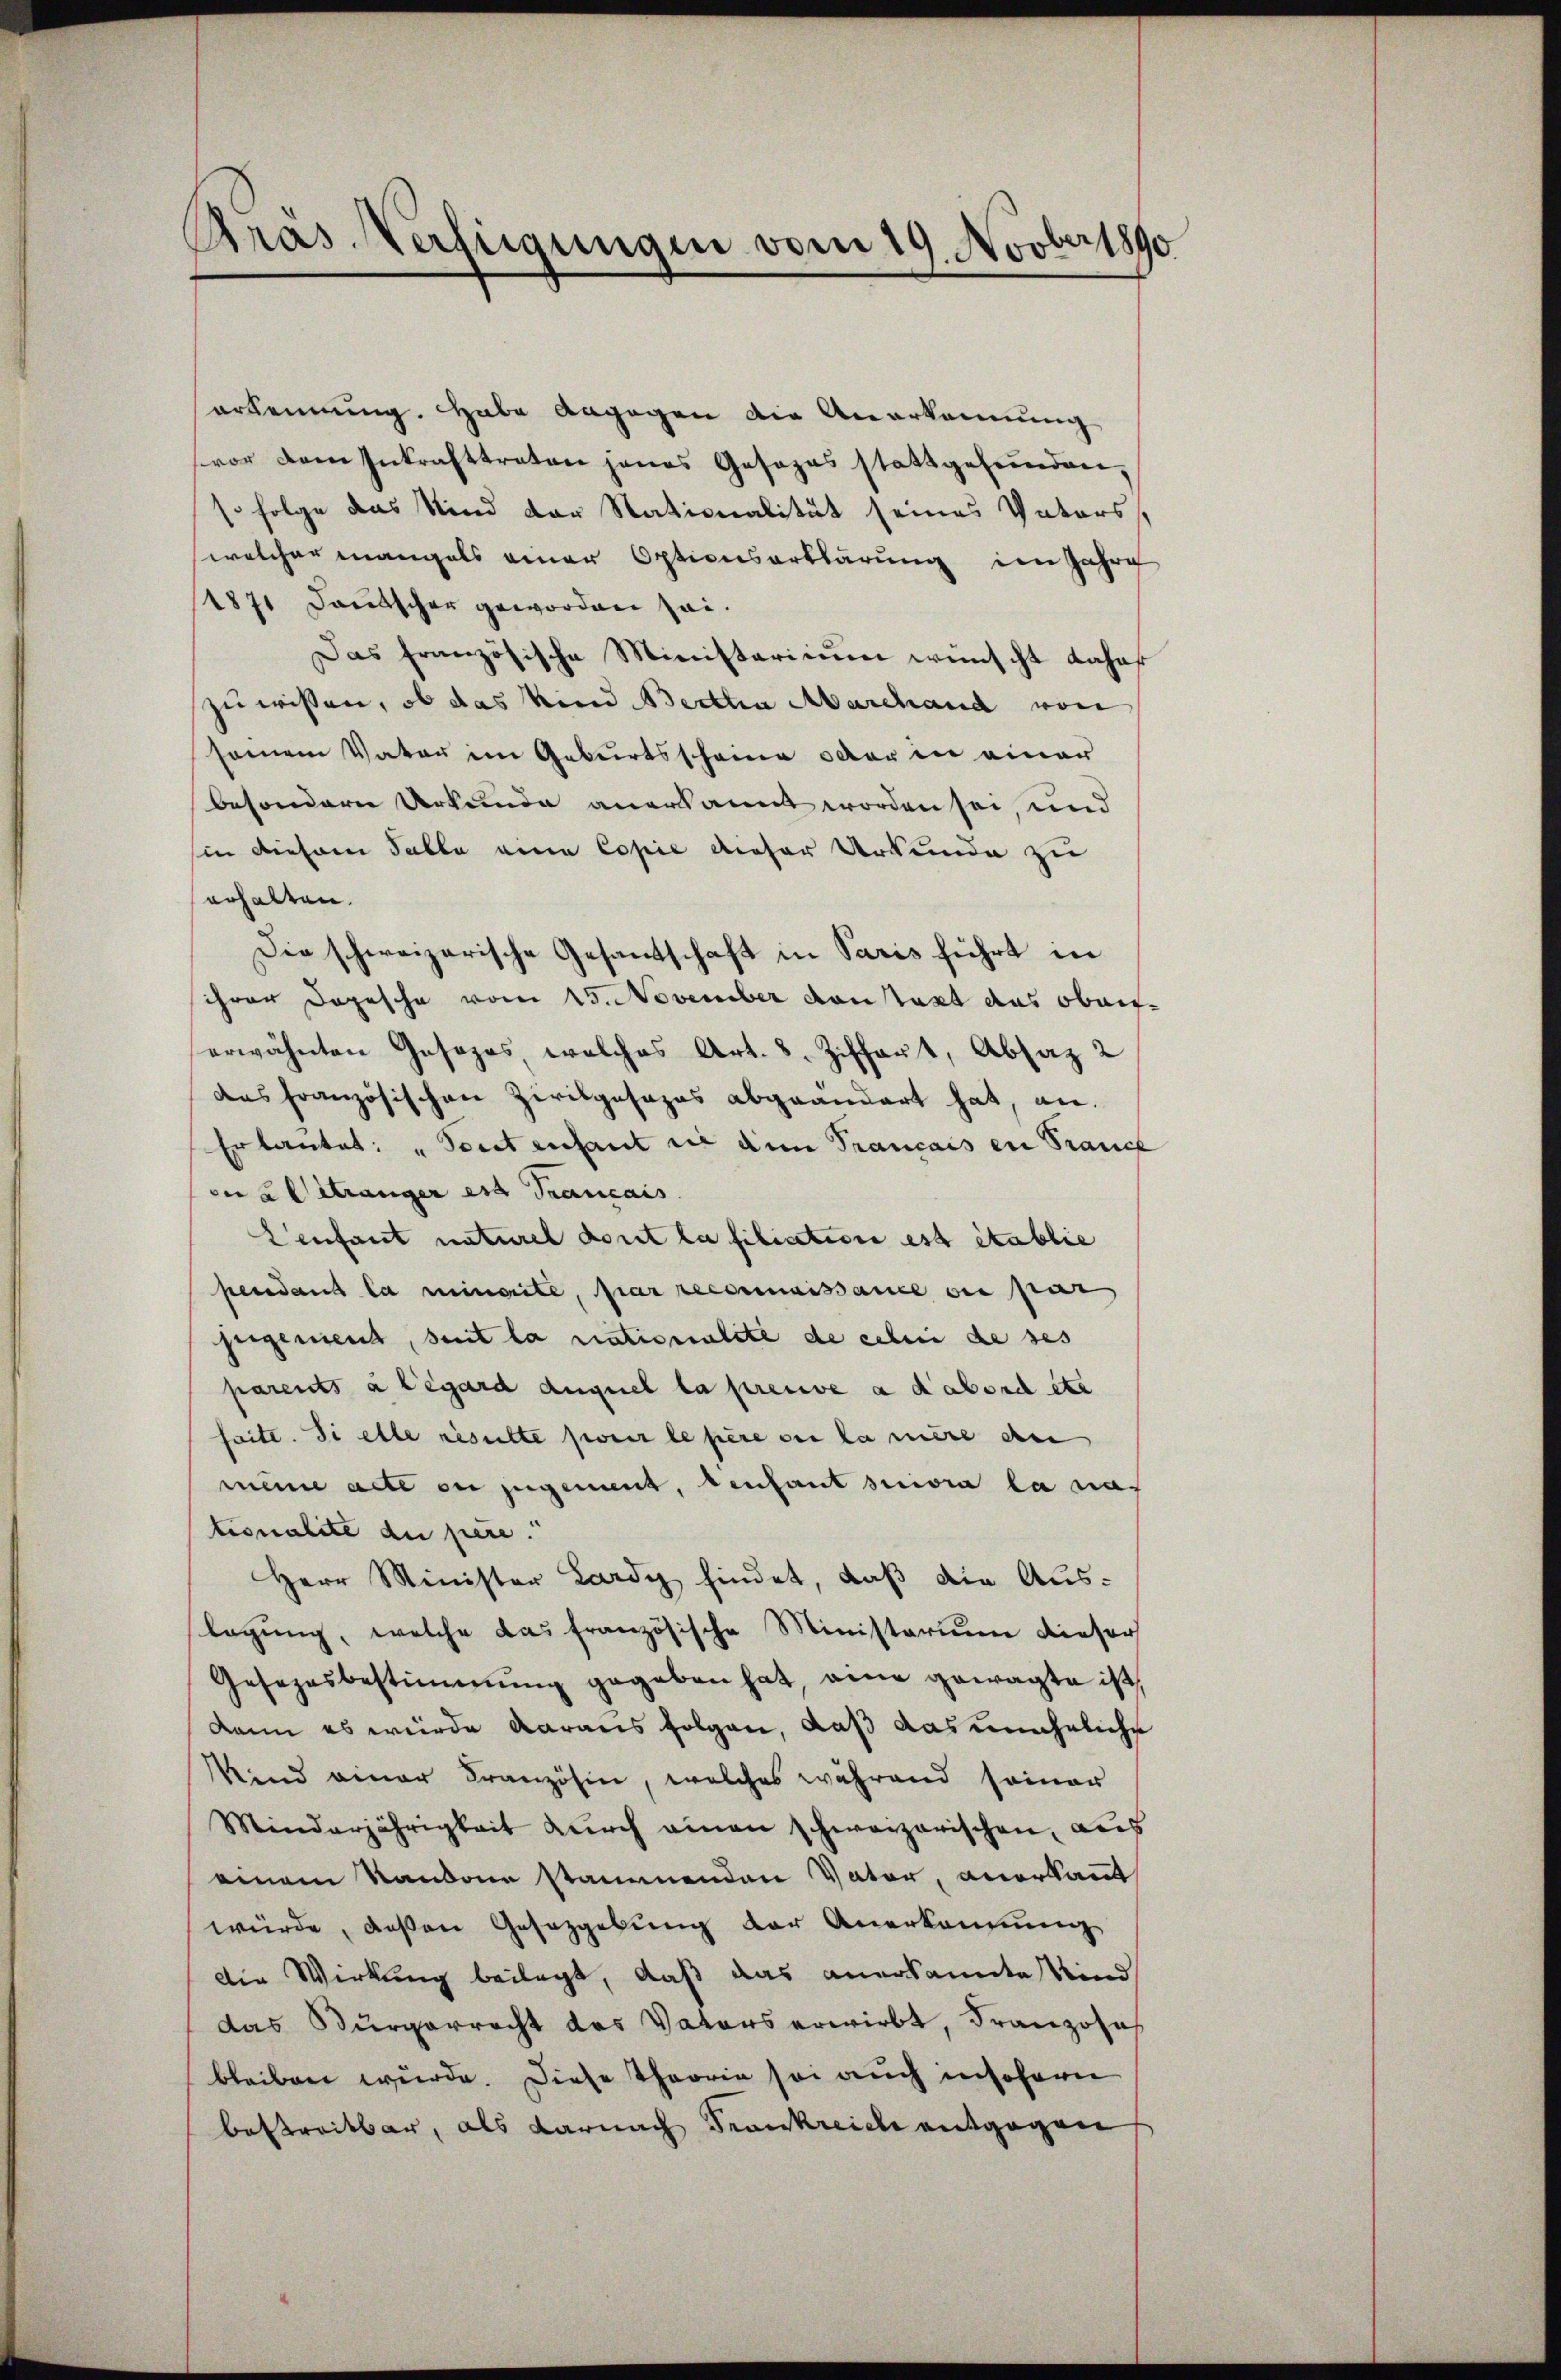
Prás Verfügungen vom 19. Novber 1890

Verkennung. Habe angegen die Anerkennung
vor dem Inkrafttreten jenes Gesezes stattgefunden,
so folge das Kind der Stationalität seines Vaters
welcher mangels einer Optionserklärung im Jahre
1871 Deutscher geworden sei.
Das französische Ministerium wünscht Jahaf
zu wissen, ob das Kind Bertha Marchand von
seinem Vater im Geburtsscheine oder in einer
besondern Urkunde anerkannt worden sei, und
hin diesem Falle eine Copie dieser Urkunde zu
erhalten.
Die schweizerische Gesandschaft in Paris führt in
ihrer Depesche vom 15. November den tant das oben.
erwähnten Gesezes welches Art. 8. Ziffert, Absaz 2
das französischen Zivilgesezes abgeändert hat, an.
Erlautet: „Tout enfant in dem Trancais en Frauch
die 2 Getränger es Trancais
Cenfant naturel dort la filiation est établie
pendans la meinerite, par reconnaissance des par
seigenient, seit la nationalité de celui de ses
parents à legard auquel la preuve a d’abord eta
saite. Si elle resulte pour le père de la mère an
mine acte in zugement, denfant suivra la nac
tionalité du père.
Herr Minister Lardy findet, daβ die Aŭs-
legung, welche das französische Ministerium dieser
Gesezesbestimmung gegeben hat eine gewagte ist
dann es wurde Aaraus folgen, daß das unehrliche
Wind einer Französin, welches während seiner
Minderjährigkeit durch einen schweizerischen, aus
einem Sandann stammenden Vater, anerkannt
würde, deßen Gesetzgebung der Anerkennung
die Wirkung beilagt, daß das anerkannte Kind
das Bürgerrecht des Vaters erwirbt, Franzose
bleiben würde. Diese Theorie sei auch insoferne
bestreitbar, als darnach Frankreiche entgegen